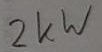
Text: 2KW